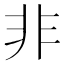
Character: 非